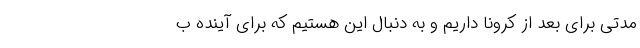
مدتی برای بعد از کرونا داریم و به دنبال این هستیم که برای آینده ب